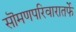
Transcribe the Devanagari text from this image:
सॊमणपरिवारातर्फे